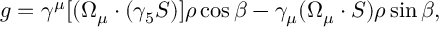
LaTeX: g = \gamma ^ { \mu } [ ( \Omega _ { \mu } \cdot ( \gamma _ { 5 } S ) ] \rho \cos { \beta } - \gamma _ { \mu } ( \Omega _ { \mu } \cdot S ) \rho \sin { \beta } ,